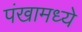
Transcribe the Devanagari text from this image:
पंखामध्ये